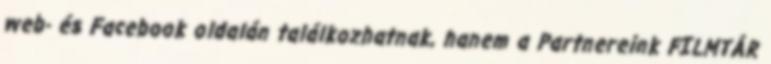
web- és Facebook oldalán találkozhatnak, hanem a Partnereink FILMTÁR